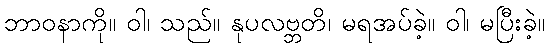
ဘာဝနာကို။ ဝါ၊ သည်။ နုပလဗ္ဘတိ၊ မရအပ်ခဲ့။ ဝါ၊ မပြီးခဲ့။